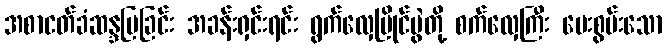
အစာငတ်ခံဆန္ဒပြခြင်း အခန်းရှင်းရင်း ရွက်လှေပြိုင်ပွဲတို့ စက်လှေကြီး ပေးစွမ်းသော